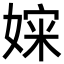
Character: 㛽